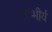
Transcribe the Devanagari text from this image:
गम्भीर्य